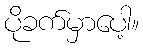
ပိုခက်မှာပေါ့။